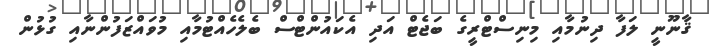
ޤާނޫނީ ލަފާ ދިނުމާއި މިނިސްޓްރީގެ ބަޖެޓް އަދި އެކައުންޓްސް ބެލެހެއްޓުމާއި މުވައްޒަފުންނާއި ގުޅުން